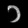
Digit: ၁